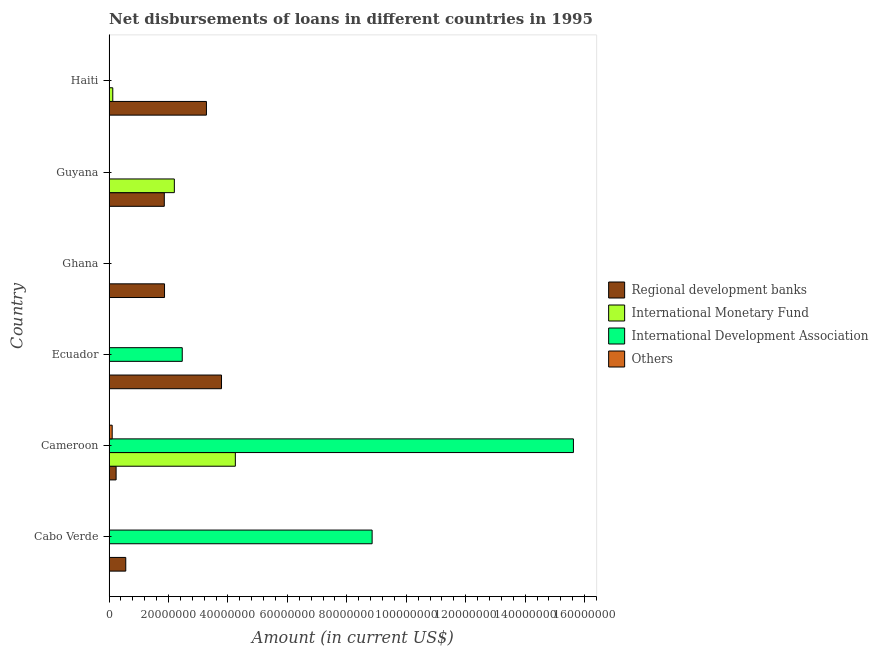
| Country | Regional development banks | International Monetary Fund | International Development Association | Others |
 | --- | --- | --- | --- | --- |
 | Cabo Verde | 5.62e+06 | -9.07e+06 | 8.85e+07 | -7e+04 |
 | Cameroon | 2.37e+06 | 4.25e+07 | 1.56e+08 | 1.05e+06 |
 | Ecuador | 3.78e+07 | -8.5e+05 | 2.46e+07 | -7.14e+06 |
 | Ghana | 1.87e+07 | -6.23e+06 | -1.65e+05 | -1.64e+07 |
 | Guyana | 1.86e+07 | 2.2e+07 | 2.7e+04 | -3.26e+06 |
 | Haiti | 3.28e+07 | 1.25e+06 | -6.62e+05 | -3.45e+06 |